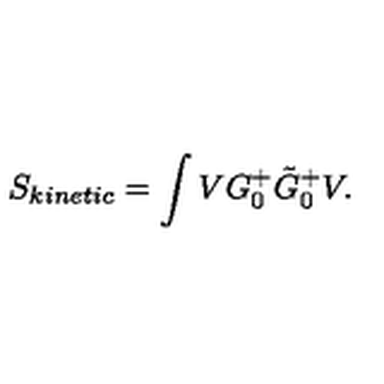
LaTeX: S _ { k i n e t i c } = \int V G _ { 0 } ^ { + } \tilde { G } _ { 0 } ^ { + } V .